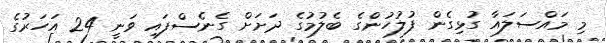
މި މައްސަލައާ ގުޅިގެން ފުލުހުންގެ ބެލުމުގެ ދަށަށް ގެނެސްފައި ވަނީ 24 އަހަރުގެ